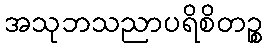
အသုဘသညာပရိစိတဉ္စ